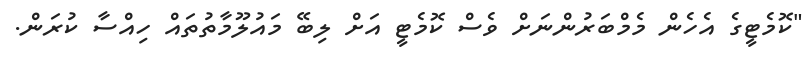
"ކޮމެޓީގެ އެހެން މެމްބަރުންނަށް ވެސް ކޮމެޓީ އަށް ލިބޭ މައުލޫމާތުތައް ހިއްސާ ކުރަން.